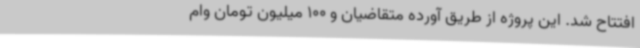
افتتاح شد. این پروژه از طریق آورده متقاضیان و 100 میلیون تومان وام